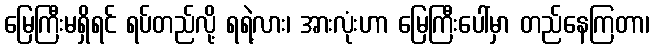
မြေကြီးမရှိရင် ရပ်တည်လို့ ရရဲ့လား၊ အားလုံးဟာ မြေကြီးပေါ်မှာ တည်နေကြတာ၊